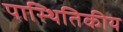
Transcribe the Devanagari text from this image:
पास्थितिकीय